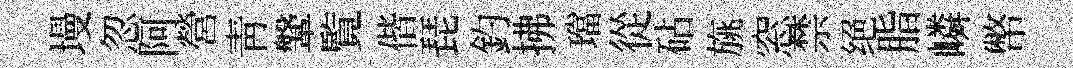
墁忽阿營靑鞶覧偕琵釣拂璫從砧旐窓禁绝脂嶙幣